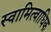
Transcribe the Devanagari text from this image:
स्वामित्वाधिक